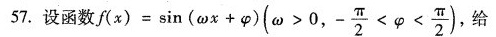
57.设函数f(x)=sin(\omega x+\psi )(\omega>0,-\frac{\pi}{2}<psi<\frac{\pi}{2}),给